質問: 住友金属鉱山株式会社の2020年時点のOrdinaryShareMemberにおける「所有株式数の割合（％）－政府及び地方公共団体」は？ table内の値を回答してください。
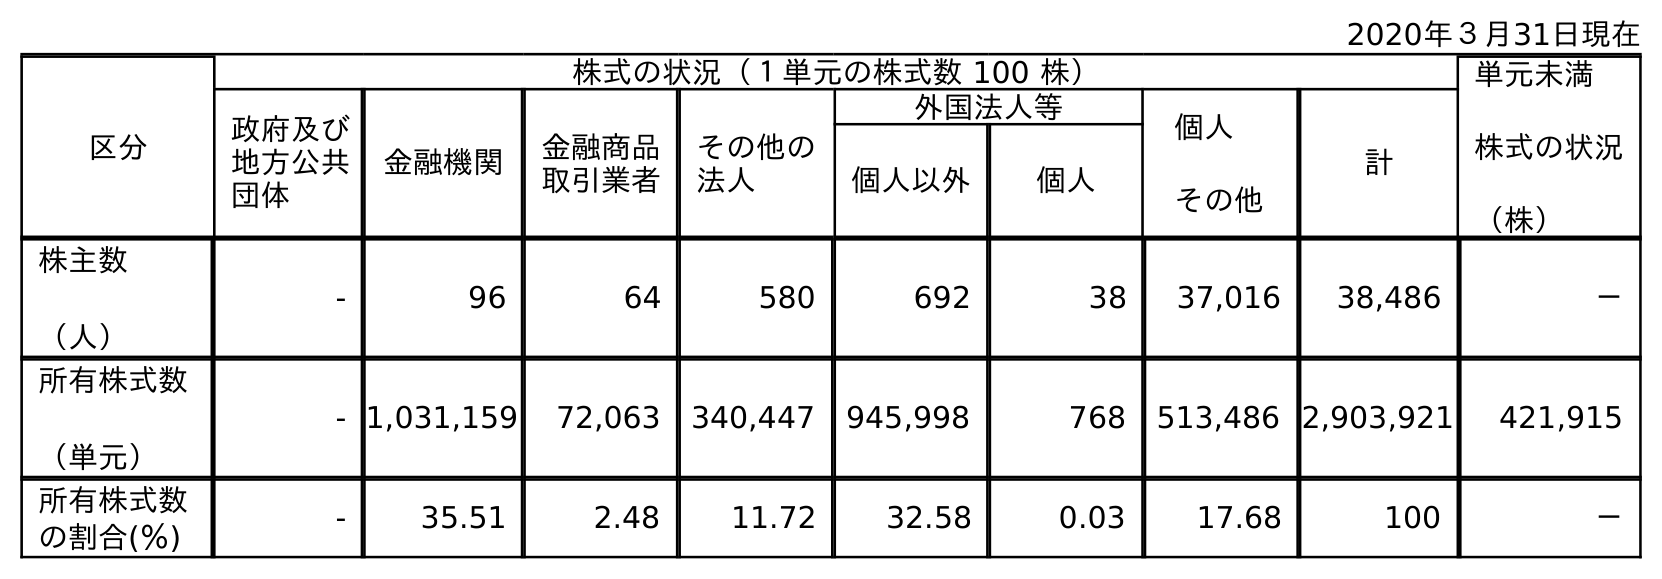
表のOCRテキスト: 2020年３月31日現在 区分 株式の状況（１単元の株式数 100 株） 単元未満 株式の状況 （株） 政府及び 地方公共 団体 金融機関 金融商品 取引業者 その他の 法人 外国法人等 個人 その他 計 個人以外 個人 株主数 （人） - 96 64 580 692 38 37,016 38,486 － 所有株式数 （単元） - 1,031,159 72,063 340,447 945,998 768 513,486 2,903,921 421,915 所有株式数 の割合(％) - 35.51 2.48 11.72 32.58 0.03 17.68 100 －
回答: -